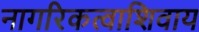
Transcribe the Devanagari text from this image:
नागरिकत्वाशिवाय